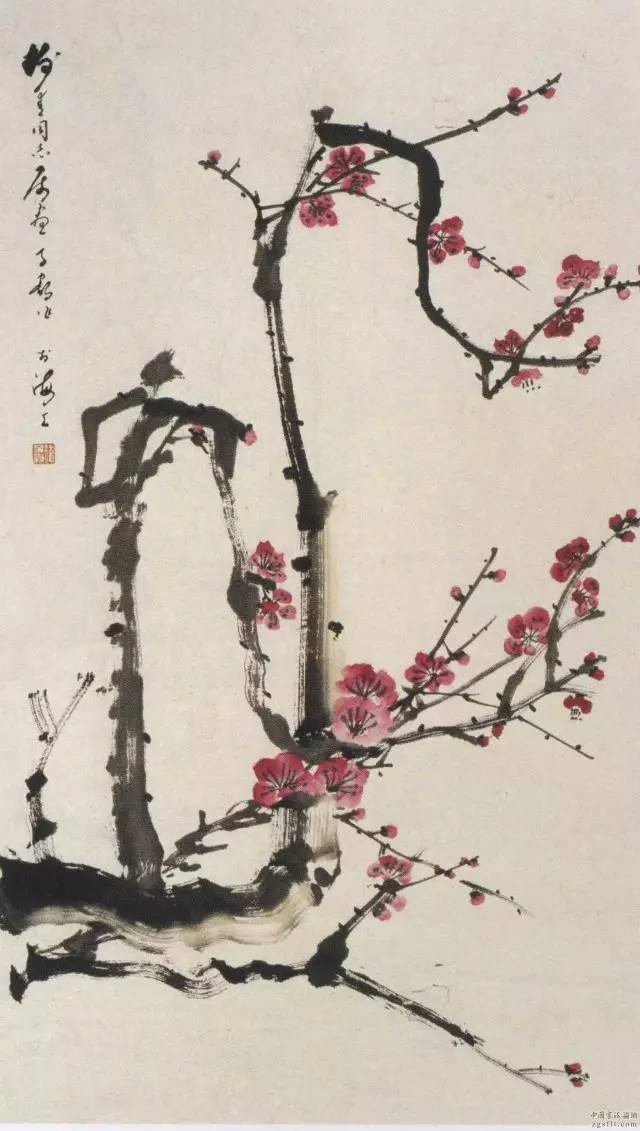
铁马红旗寒日暮，使君犹寄边城。